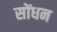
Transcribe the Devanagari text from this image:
सोंधन